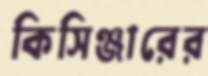
কিসিঞ্জারের